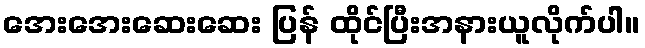
အေးအေးဆေးဆေး ပြန် ထိုင်ပြီးအနားယူလိုက်ပါ။